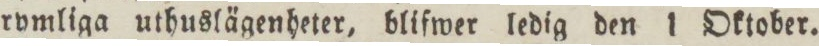
rymliga uthuslägenheter, blifwer ledig den 1 Oktober.